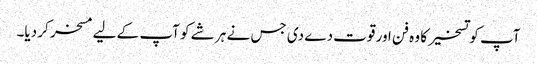
آپ کو تسخیر کا وہ فن اور قوت دے دی جس نے ہر شے کو آپ کے لیے مسخر کر دیا۔